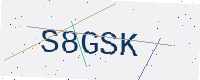
Text: S8GSK